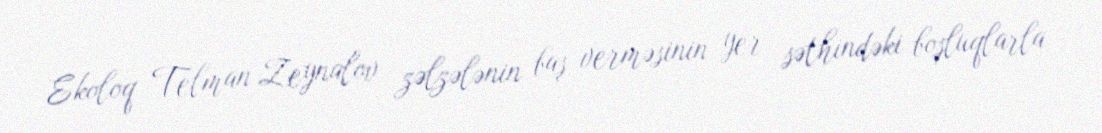
Ekoloq Telman Zeynalov zəlzələnin baş verməsinin yer səthindəki boşluqlarla